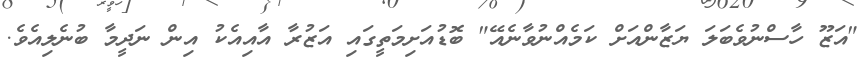
"އަޒޫ ހާސްނުވެބަލަ ޔަޒާންއަށް ކަމެއްނުވާނެއޭ" ބޮޑުއަށިމަތީގައި އަޒުރާ އާއިއެކު އިން ނަދީމާ ބުނެލިއެވެ.